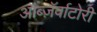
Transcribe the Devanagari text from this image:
ऑब्ज़ॅर्वाटोरी